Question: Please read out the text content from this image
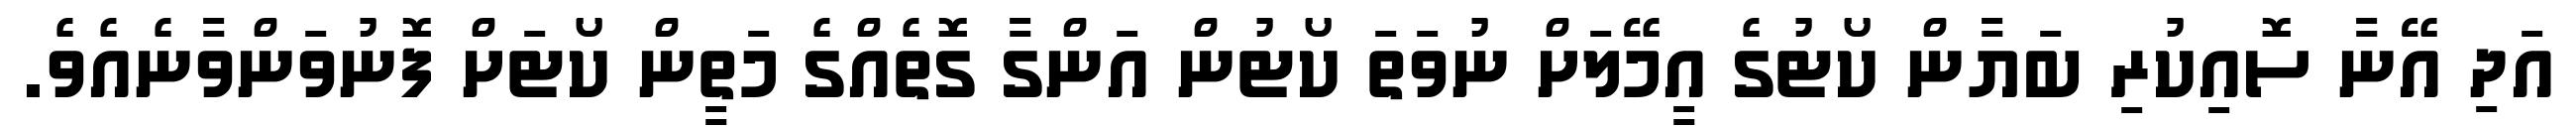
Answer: އަދި އޭނާ ސޮއިކުރި ބަޔާން ކޯޓުގެ އީމޭލަށް ނުވަތަ ކޯޓުން އަންގާ ގޮތެއްގެ މަތީން ކޯޓަށް ފޮނުވަންވާނެއެވެ.